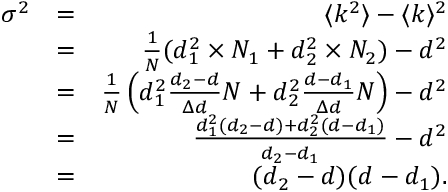
\begin{array} { r l r } { \sigma ^ { 2 } } & { = } & { \langle k ^ { 2 } \rangle - \langle k \rangle ^ { 2 } } \\ & { = } & { \frac { 1 } { N } ( d _ { 1 } ^ { 2 } \times N _ { 1 } + d _ { 2 } ^ { 2 } \times N _ { 2 } ) - d ^ { 2 } } \\ & { = } & { \frac { 1 } { N } \left( d _ { 1 } ^ { 2 } \frac { d _ { 2 } - d } { \Delta d } N + d _ { 2 } ^ { 2 } \frac { d - d _ { 1 } } { \Delta d } N \right) - d ^ { 2 } } \\ & { = } & { \frac { d _ { 1 } ^ { 2 } ( d _ { 2 } - d ) + d _ { 2 } ^ { 2 } ( d - d _ { 1 } ) } { d _ { 2 } - d _ { 1 } } - d ^ { 2 } } \\ & { = } & { ( d _ { 2 } - d ) ( d - d _ { 1 } ) . } \end{array}